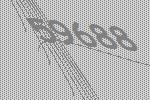
59688